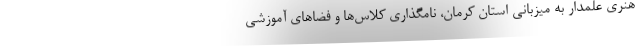
هنری علمدار به میزبانی استان کرمان، نامگذاری کلاس‌ها و فضاهای آموزشی